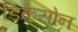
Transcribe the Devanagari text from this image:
डिकसोन